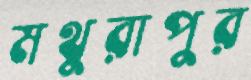
মথুরাপুর